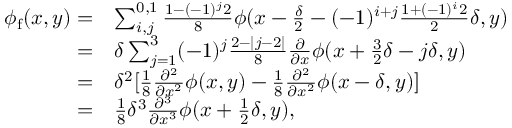
\begin{array} { r l } { \phi _ { \mathrm { f } } ( x , y ) = } & { \sum _ { i , j } ^ { 0 , 1 } \frac { 1 - ( - 1 ) ^ { j } 2 } { 8 } \phi ( x - \frac { \delta } { 2 } - ( - 1 ) ^ { i + j } \frac { 1 + ( - 1 ) ^ { i } 2 } { 2 } \delta , y ) } \\ { = } & { \delta \sum _ { j = 1 } ^ { 3 } ( - 1 ) ^ { j } \frac { 2 - | j - 2 | } { 8 } \frac { \partial } { \partial x } \phi ( x + \frac { 3 } { 2 } \delta - j \delta , y ) } \\ { = } & { \delta ^ { 2 } [ \frac { 1 } { 8 } \frac { \partial ^ { 2 } } { \partial x ^ { 2 } } \phi ( x , y ) - \frac { 1 } { 8 } \frac { \partial ^ { 2 } } { \partial x ^ { 2 } } \phi ( x - \delta , y ) ] } \\ { = } & { \frac { 1 } { 8 } \delta ^ { 3 } \frac { \partial ^ { 3 } } { \partial x ^ { 3 } } \phi ( x + \frac { 1 } { 2 } \delta , y ) , } \end{array}